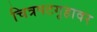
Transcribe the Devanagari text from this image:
चित्रपटगृहावर